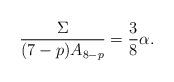
LaTeX: \begin{align*}\frac{\Sigma}{(7-p)A_{8-p}}=\frac{3}{8}\alpha.\end{align*}